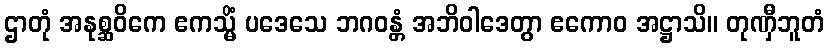
ဌာတုံ အနုစ္ဆဝိကေ ဧကသ္မိံ ပဒေသေ ဘဂဝန္တံ အဘိဝါဒေတွာ ဧကောဝ အဋ္ဌာသိ။ တုဏှီဘူတံ